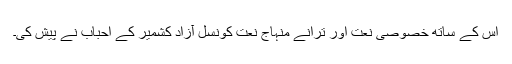
اس کے ساتھ خصوصی نعت اور ترانے منہاج نعت کونسل آزاد کشمیر کے احباب نے پیش کی۔